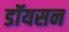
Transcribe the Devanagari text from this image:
डॉयसन